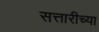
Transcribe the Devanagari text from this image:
सत्तारीच्या